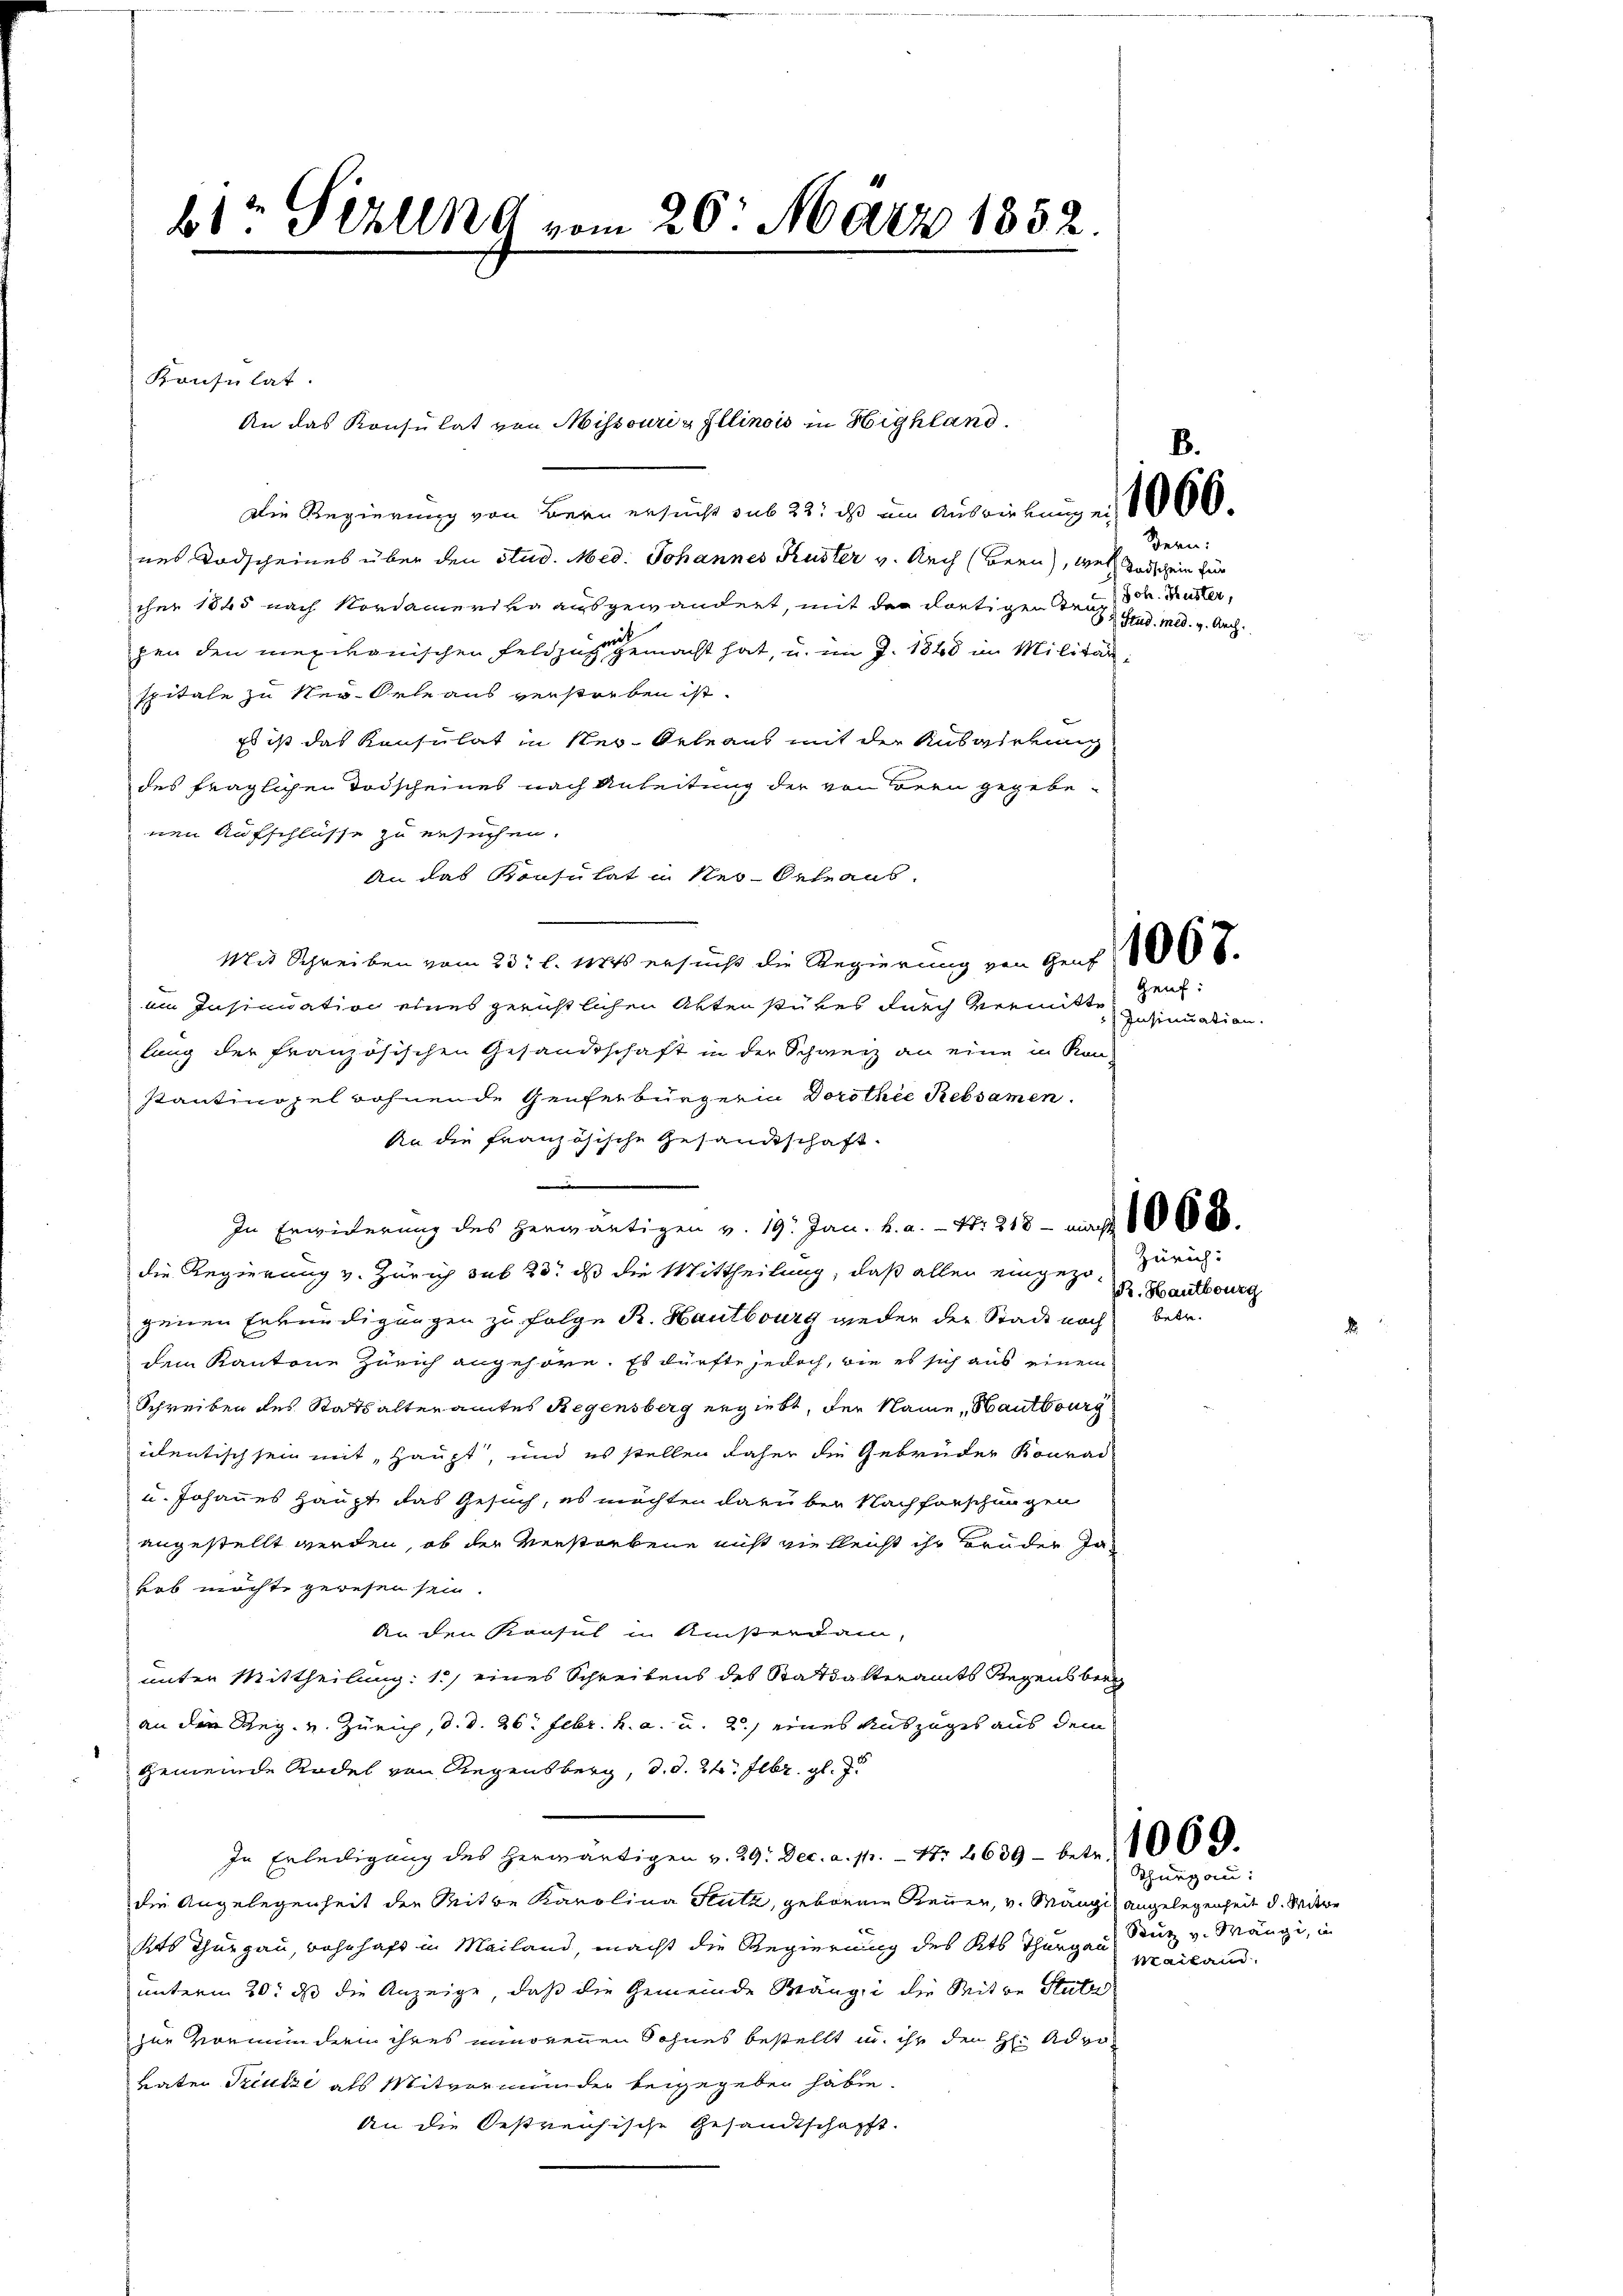
bte Perung vom 26. März 1852.

Konsulat.
An das Konsulat von Missouri & Illinois in Highland.

Die Regierung von Bern ersucht sub 22: ist im Auswirkungen 1000.
nes Todscheines über den Stud. Med. Johannes Kuster v. Auch (Bern, wel Todschein zur
cher 1845 nach Nordamerika ausgewandert, mit der dortigen Truch. Ruster,
pen den mexikanischen Feldzug gemacht hat, u. im J. 1840 im Militärspitale zu Neu-Orle aus verstreben ist.
Es ist das Konsulat in Neu-Orleaus mit der Auswirkung
des fraglichen Todscheines nach Anleitung der von Bern gegebenen Aufschlüsse zu ersuchen.
An das Konsulat in Ner-Oehraus.
Mit Schreiben vom 23. l. Was ersucht die Regierung von Hens 1008.
im Insinuation eines gerichtlichen Akten stükes durch vermitte
lung der französischen Gesandtschaft in der Schweiz an eine in Kon
stantinopel wohnende Genferbürgerin Dorothie Rebsamen.
An die französische Gesandtschaft.
In Erwiederung des herwärtigen v. 19. Jan. h. a. - Fr. 218 - maß 680.
die Regierung v. Zürich sub 23. ds die Mittheilung, daß allen eingezo- Zürichgenen Erkundigungen zu folge R. Hautbourg wieder der Stadt noch
dem Kantone Zürich angehöre. Es dürfte jedoch, wie es sich aus einem
Schreiben des Statsalteramtes Regensberg ergiebt, der Name, Hautbourg
icentisch sein mit, Haupt, und es stellen daher die Gebrüder Konrad-
u. Johannes Haupt das Gesuch, es möchten darüber Nachforschungen
angestellt werden, ob der Verstorbene nicht vielleicht ihr Brüder der
hab möchte gewesen sein.
An den Konsul in Ansterdam,
unter Mittheilung: 1.) eines Schreibens des Stattalteramts Regensberg
an den Reg. v. Zürich, d. d. 26. Febr. h. a. u. 2.) eines Auszuges aus dem
gemeinde Rodel von Regensberg, d. d. 2t. Febr. gl.
In Erledigung des herwärtigen v. 29. Dec. a. pr. - Nr 4639 - betr. 100.
die Angelegenheit der Mitte Karolina Stutz, geborene Reuer, v. Mange angelegenheit d. Mitwe
ts Thurgau, wohnhaft in Mailand, macht die Regierung des Kts Thurgau, Stutz v. Mängi, in
unterm 20. ds die Anzeige, daß die Gemeinde Mängei die Witwe Stutz
zur Vormundern ihres minorenen Sohnes bestellt in ihr den H: Advobaten Triutze als Mitvormunder beigegeben habe.
An die Oestreichische Gesandtschafft.

Bern:
2 Stud. med. v. Arch.

Genf.
Insinuation

R. Hautbouz
betr.

Thurgau:
Mailand.